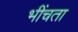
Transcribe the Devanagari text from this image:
भींचता